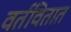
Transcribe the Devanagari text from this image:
वर्तवितात